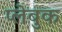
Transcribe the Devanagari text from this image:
प्लेबुक